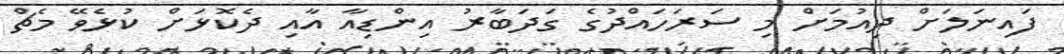
ފައިނަލަށް ދިއުމަށް މި ސަރަހައްދުގެ ގަދަބާރު އިންޑިއާ އާއި ދެކޮޅަށް ކުޅެވޭ މެޗް